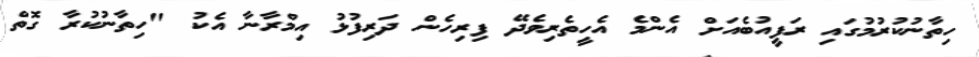
ހިތާނުކުރުމުގައި ރަފީއުބެއަށް އެންމެ އެހީތެރިވެދޭ ފިރިހެން ދަރިފުޅު އިމްރާނާ އެކު "ހިތާނުކުރާ ގޮތް